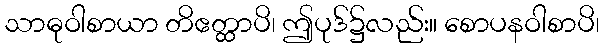
သာဓုဝါစာယာ တိဧတ္ထာပိ၊ ဤပုဒ်၌လည်း။ စောပနဝါစာပိ၊